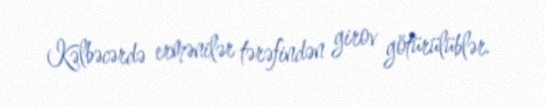
Kəlbəcərdə ermənilər tərəfindən girov götürülüblər.